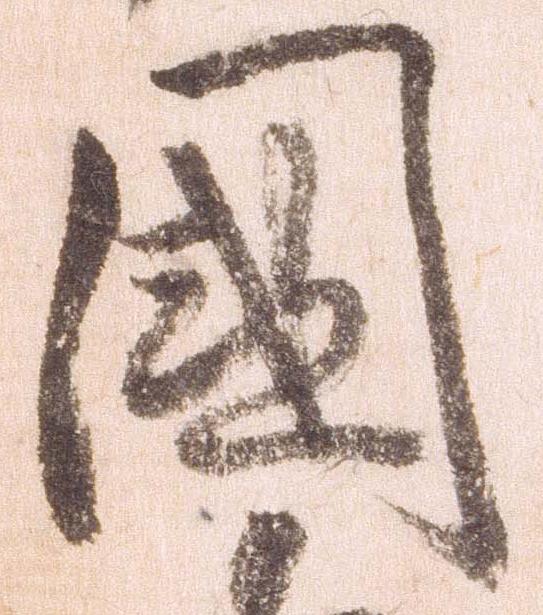
国